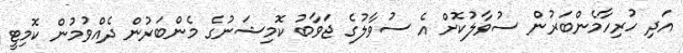
އަދި ހުރިހާމެންބަރުން ސުވާލުކޮށް އެ ސުވާލުގެ ޖަވާބު ކޮމިޝަނުގެ މެންބަރުން ދެއްވުމުން ކޮމިޓީ